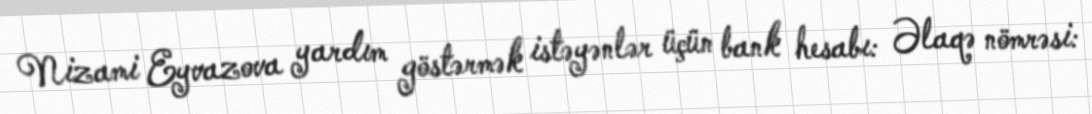
Nizami Eyvazova yardım göstərmək istəyənlər üçün bank hesabı: Əlaqə nömrəsi: